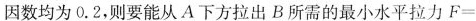
因数均为0.2，则要能从A下方拉出B所需的最小水平拉力$$F =